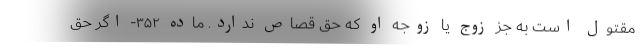
مقتول است به جز زوج یا زوجه او که حق قصاص ندارد. ماده ۳۵۲- اگر حق